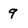
Character: 9